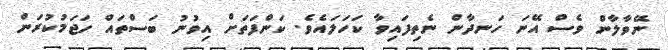
ނޭވާލާން ވެސް އޭނަ ހަނދާން ނެތިފައިވާ ކަހަލައެވެ. ކަންފަތަށް އިވުނު ބަސްތައް ހަޖަމުކުރަން